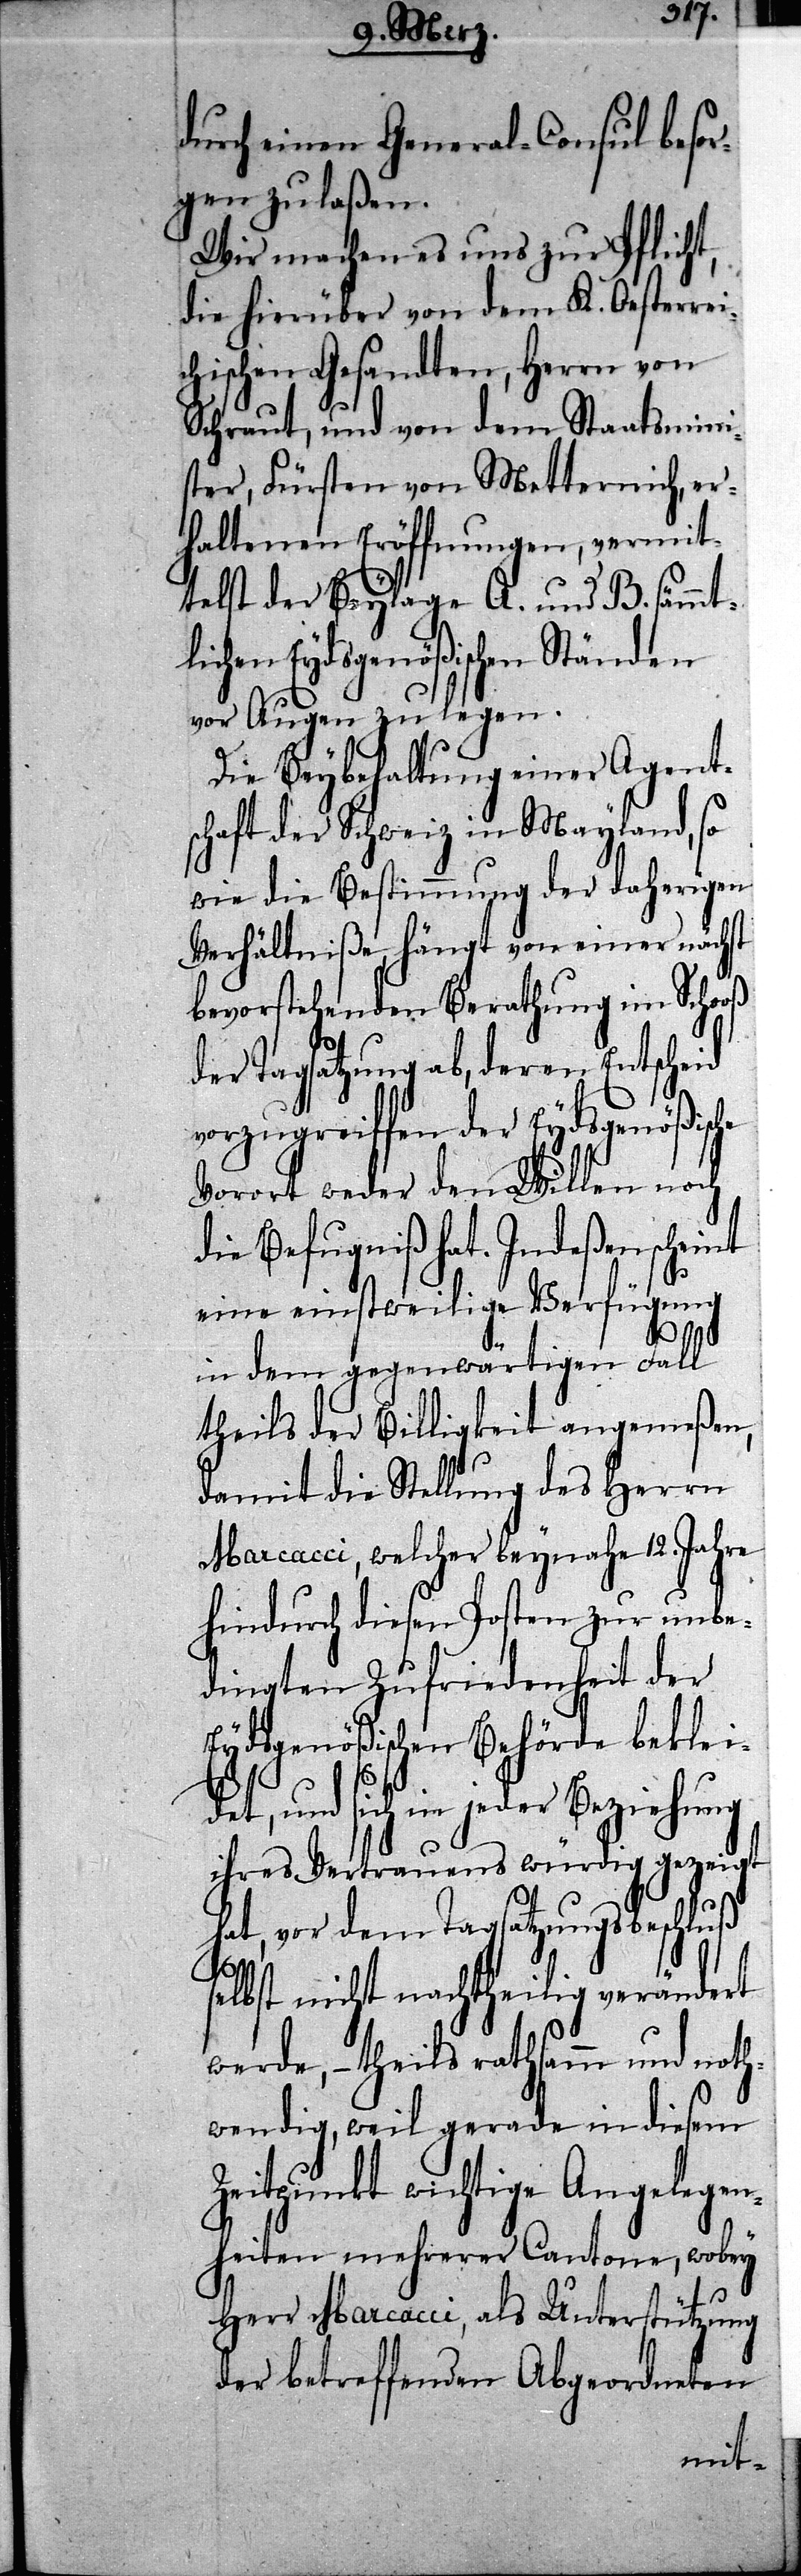
durch einen General-Consul besor¬
gen zu laßen.
Wir machen es uns zur Pflicht,
die hierüber von dem K. Oesterrei¬
chischen Gesandten, Herrn von
Schraut, und von dem Staatsmini¬
ster, Fürsten von Metternich, er¬
haltenen Eröffnungen, vermit¬
telst der Beylage A. und B. sämmt¬
lichen Eydsgenößischen Ständen
vor Augen zu legen.
Die Beybehaltung einer Agent¬
schaft der Schweiz in Mayland, so
wie die Bestimmung der daherigen
Verhältniße hängt von einer nächst
bevorstehenden Berathung im Schooß
der Tagsatzung ab, deren Entscheid
vorzugreiffen der Eydsgenößisc¬
Vorort weder den Willen noch
die Befugniß hat. Indeßen schei¬
eine einstweilige Verfügung
nt
in dem gegenwärtigen Fall
theils der Billigkeit angemeßen,
damit die Stellung des Herrn
Marcacci, welcher beynahe 12. Jahre
hindurch diesen Posten zur unbe¬
dingten Zufriedenheit der
Eydsgenößischen Behörde beklei¬
det, und sich in jeder Beziehung
ihres Vertrauens würdig gezeigt
hat, vor dem Tagsatzungsbeschluß
selbst nicht nachtheilig verändert
werde, – theils rathsamm und noth¬
wendig, weil gerade in diesem
Zeitpunkt wichtige Angelegen¬
heiten mehrerer Cantone, wobey
Herr Marcacci, als Unterstützung
der betreffenden Abgeordneten